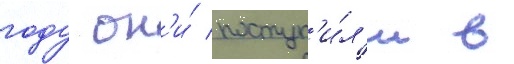
году он'и́ поступ'и́л'и в